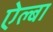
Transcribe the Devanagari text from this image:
ऐल्बा